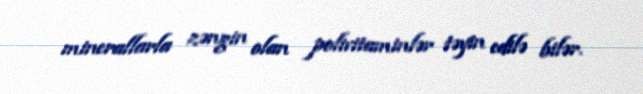
minerallarla zəngin olan polivitaminlər təyin edilə bilər.